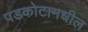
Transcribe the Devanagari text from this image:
पडकोटामधील